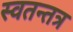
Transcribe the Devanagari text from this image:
स्वतन्तत्र